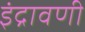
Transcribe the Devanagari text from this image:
इंद्रावणी